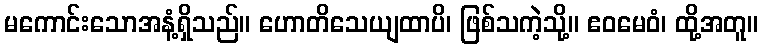
မကောင်းသောအနံ့ရှိသည်။ ဟောတိသေယျထာပိ၊ ဖြစ်သကဲ့သို့။ ဧဝမေဝံ၊ ထို့အတူ။